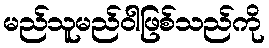
မည်သူမည်ဝါဖြစ်သည်ကို